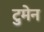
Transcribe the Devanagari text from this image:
टुमेन